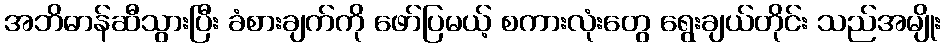
အဘိဓာန်ဆီသွားပြီး ခံစားချက်ကို ဖော်ပြမယ့် စကားလုံးတွေ ရွေးချယ်တိုင်း သည်အမျိုး